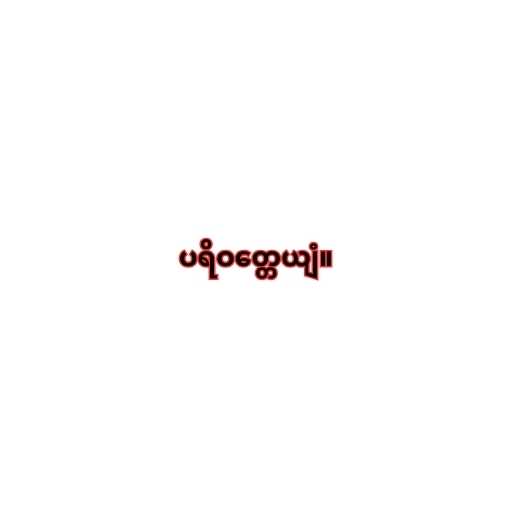
ပရိဝတ္တေယျံ။